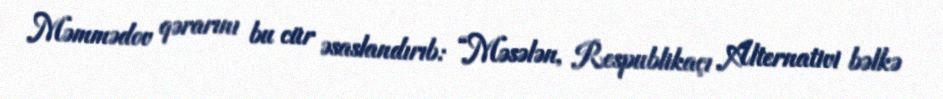
Məmmədov qərarını bu cür əsaslandırıb: “Məsələn, Respublikaçı Alternativi bəlkə